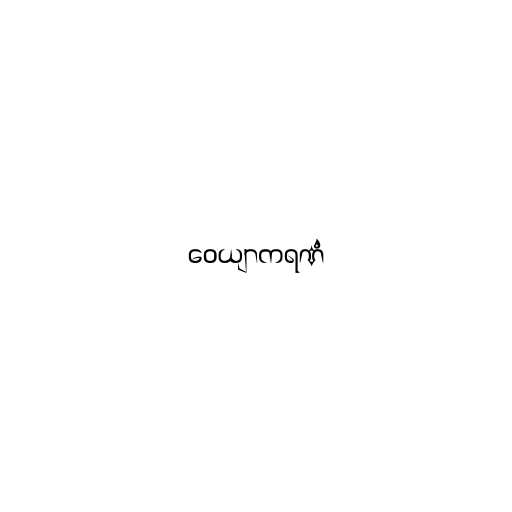
ဝေယျာကရဏံ